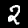
Digit: 2